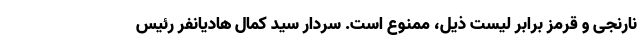
نارنجی و قرمز برابر لیست ذیل، ممنوع است. سردار سید کمال هادیانفر رئیس